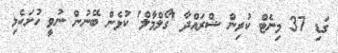
ގަޑި 37 މިނެޓް ކުރިން ޝްރައްދާ 'ގޯލްމާލް' ކުޅެން ބޭނުން ނުވީ ހުށަހެޅި